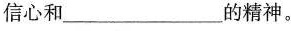
信心和___的精神。